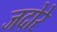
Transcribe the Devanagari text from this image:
जदोरे